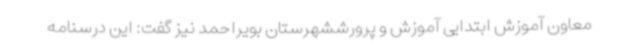
معاون آموزش ابتدایی آموزش و پرورششهرستان بویراحمد نیز گفت: این درسنامه